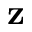
\mathbf { z }